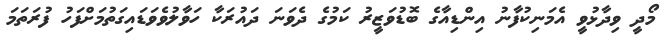
މޯދީ ވިދާޅުވީ އެމަނިކުފާނު އިންޑިއާގެ ބޮޑުވަޒީރު ކަމުގެ ދެވަނަ ދައުރަކާ ހަވާލުވެވަޑައިގަތުމަށްފަހު ފުރަތަމަ